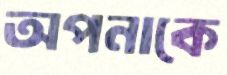
অপনাকে